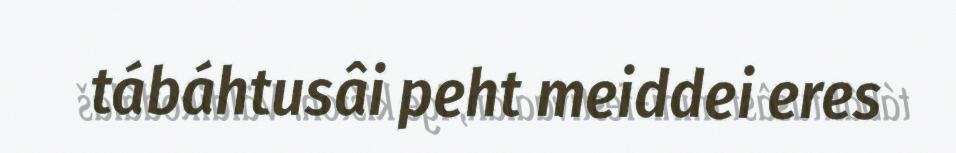
tábáhtusâi peht meiddei eres